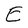
Character: E